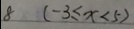
8 ( - 3 \leq x < 5 )